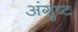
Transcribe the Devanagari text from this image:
अंगुष्ट